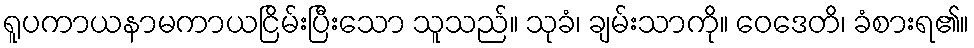
ရူပကာယနာမကာယငြိမ်းပြီးသော သူသည်။ သုခံ၊ ချမ်းသာကို။ ဝေဒေတိ၊ ခံစားရ၏။